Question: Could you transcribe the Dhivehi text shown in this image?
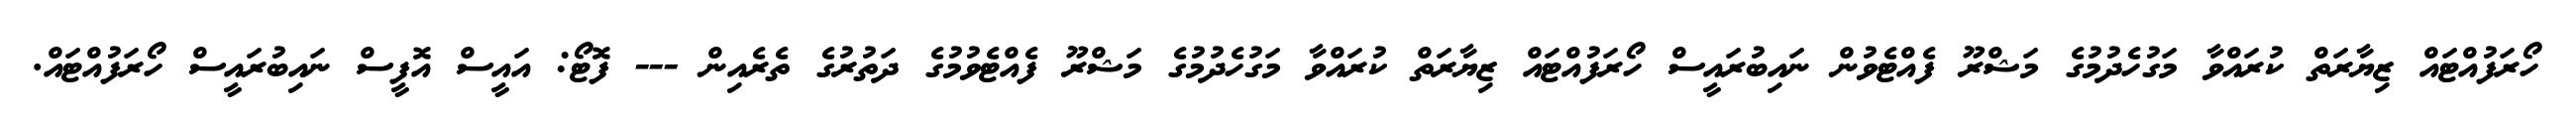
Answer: ހޯރަފުއްޓައް ޒިޔާރަތް ކުރައްވާ މަގުހެދުމުގެ މަޝްރޫ ފެއްޓެވުން ނައިބުރައީސް ހޯރަފުއްޓައް ޒިޔާރަތް ކުރައްވާ މަގުހެދުމުގެ މަޝްރޫ ފެއްޓެވުމުގެ ދަތުރުގެ ތެރެއިން --- ފޮޓޯ: އައީސް އޮފީސް ނައިބުރައީސް ހޯރަފުއްޓައް.